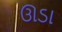
ઊડા